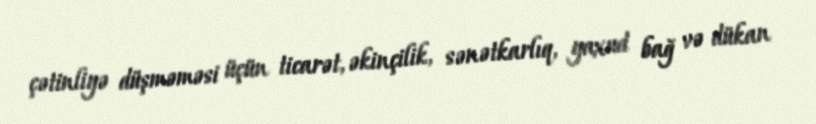
çətinliyə düşməməsi üçün ticarət, əkinçilik, sənətkarlıq, yaxud bağ və dükan